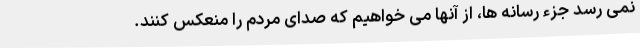
نمی رسد جزء رسانه ها، از آنها می خواهیم که صدای مردم را منعکس کنند.